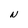
Character: N